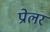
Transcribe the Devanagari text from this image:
प्रोलर